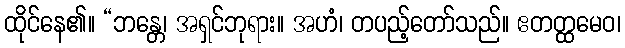
ထိုင်နေ၏။ “ဘန္တေ၊ အရှင်ဘုရား။ အဟံ၊ တပည့်တော်သည်။ ဧတတ္ထမေဝ၊